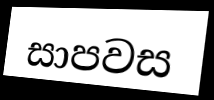
සාපවස